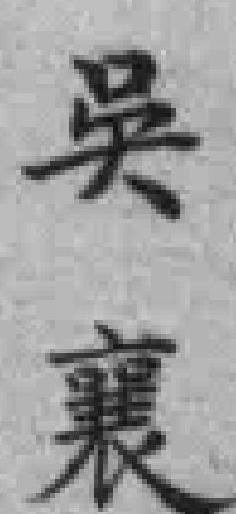
吳襄